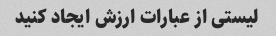
لیستی از عبارات ارزش ایجاد کنید